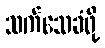
သက်သေခံဖို့